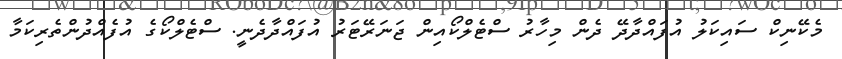
މެކޭނިކް ސައިކަލު އުފައްދާދޭ ދެން މިހާރު ސްޓެލްކޯއިން ޖަނަރޭޓަރު އުފައްދާދެނީ. ސްޓެލްކޯގެ އުފެއްދުންތެރިކަމާ